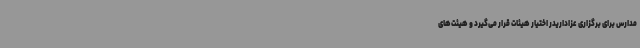
مدارس برای برگزاری عزاداریدر اختیار هیئات قرار می‌گیرد و هیئت‌های